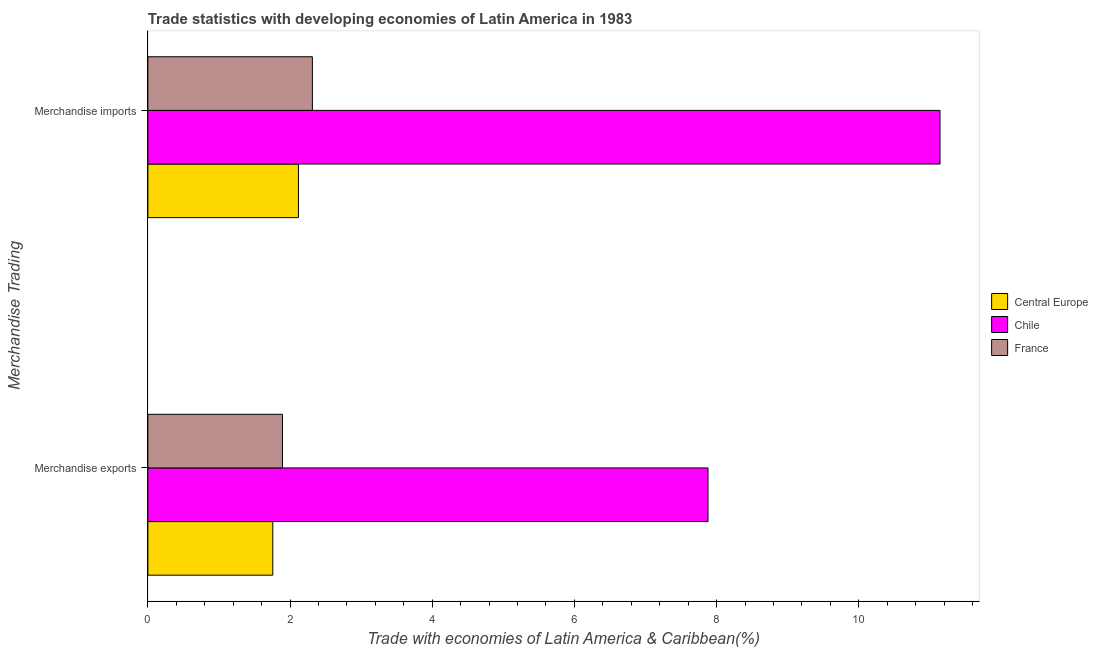
| Merchandise Trading | Central Europe | Chile | France |
 | --- | --- | --- | --- |
 | Merchandise exports | 1.76 | 7.88 | 1.89 |
 | Merchandise imports | 2.12 | 11.1 | 2.31 |